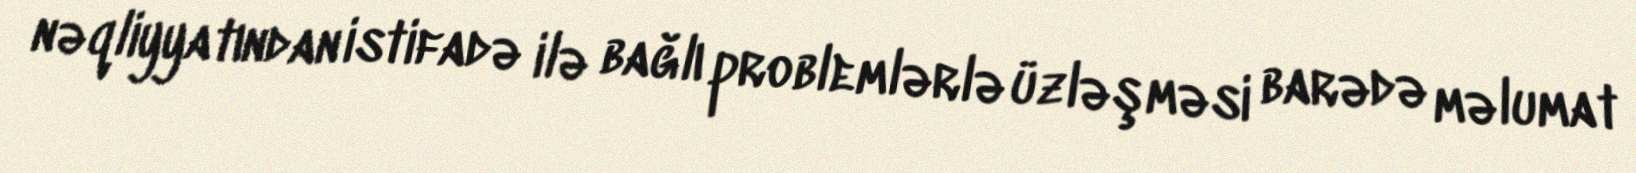
nəqliyyatından istifadə ilə bağlı problemlərlə üzləşməsi barədə məlumat